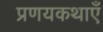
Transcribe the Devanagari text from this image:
प्रणयकथाएँ